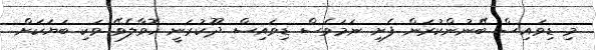
މި ޑިވައިސް ބޭނުންކުރަން ފެށި ނަމަވެސް ޑިވައިސް ދޫކުރަނީ ހޮވާލެވޭ ވަކި ބަޔަކަށް